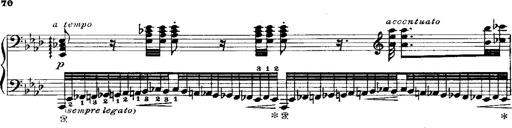
Title: Miserere du Trovatore
Composer: Franz Liszt